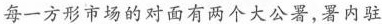
每一方形市场的对面有两个大公署，署内驻